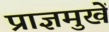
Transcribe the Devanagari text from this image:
प्राज्ञमुखें